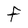
Character: F